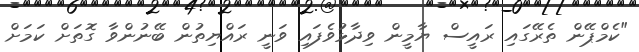
"ކެމްޕޭން ތެރޭގައި ރައީސް ޔާމީން ވިދާޅުވެފައި ވަނީ ރައްޔިތުން ބޭނުންވާ ގޮތަށް ކަމަށް